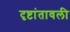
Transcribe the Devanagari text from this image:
दृष्टांतावली